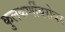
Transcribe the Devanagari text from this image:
कुलकर्णींबरोबर